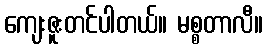
ကျေးဇူးတင်ပါတယ်။ မစ္စတာလီ။